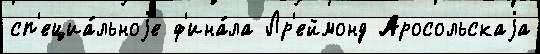
сп'ециа́льноjе ф'ина́ла Лр'еймонд Аросольскаjа